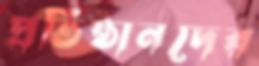
প্রতিষ্ঠানদের